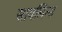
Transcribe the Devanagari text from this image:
सायलिन्स